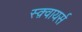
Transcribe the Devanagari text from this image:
स्क़्वायर्स